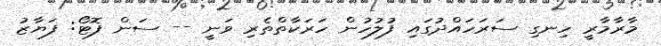
މާރާމާރީ ހިނގި ސަރަހައްދުގައި ފުލުހުން ހަރަކާތްތެރި ވަނީ -- ސަން ފޮޓޯ: ފަޔާޒު